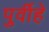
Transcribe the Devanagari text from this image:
पुर्वीहे